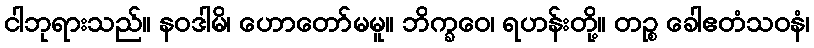
ငါဘုရားသည်။ နဝဒါမိ၊ ဟောတော်မမူ။ ဘိက္ခဝေ၊ ရဟန်းတို့။ တဉ္စ ခေါဧတံသဝနံ၊